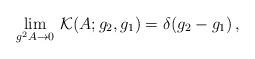
LaTeX: \begin{align*}\lim _{g^2 A\to 0}\, \mathcal{K}(A;g_{2},g_{1})=\delta (g_{2}-g_{1})\,,\end{align*}